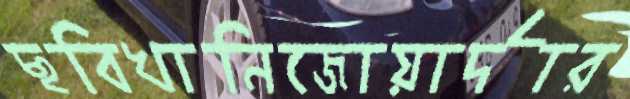
ছবিখানিজোয়ার্দার